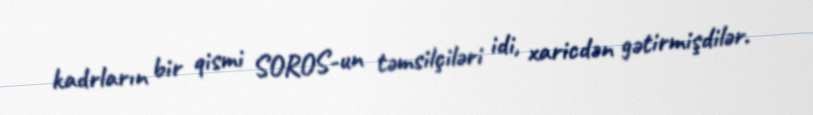
kadrların bir qismi SOROS-un təmsilçiləri idi, xaricdən gətirmişdilər.